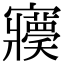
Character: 𡬊